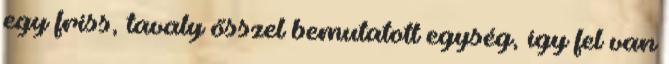
egy friss, tavaly ősszel bemutatott egység, így fel van